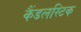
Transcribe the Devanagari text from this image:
कैंडलस्टिक